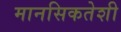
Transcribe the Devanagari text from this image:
मानसिकतेशी